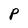
Character: P